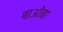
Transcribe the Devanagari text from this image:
बाओबा